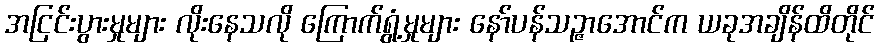
အငြင်းပွားမှုများ လိုးနေသလို ကြောက်ရွံ့မှုများ နော်ပန်သဉ္ဇာအောင်က ယခုအချိန်ထိတိုင်